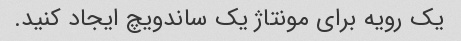
یک رویه برای مونتاژ یک ساندویچ ایجاد کنید.